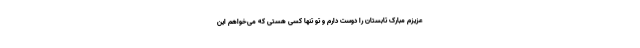
عزیزم مبارک تابستان را دوست دارم و تو تنها کسی هستی که می‌خواهم این